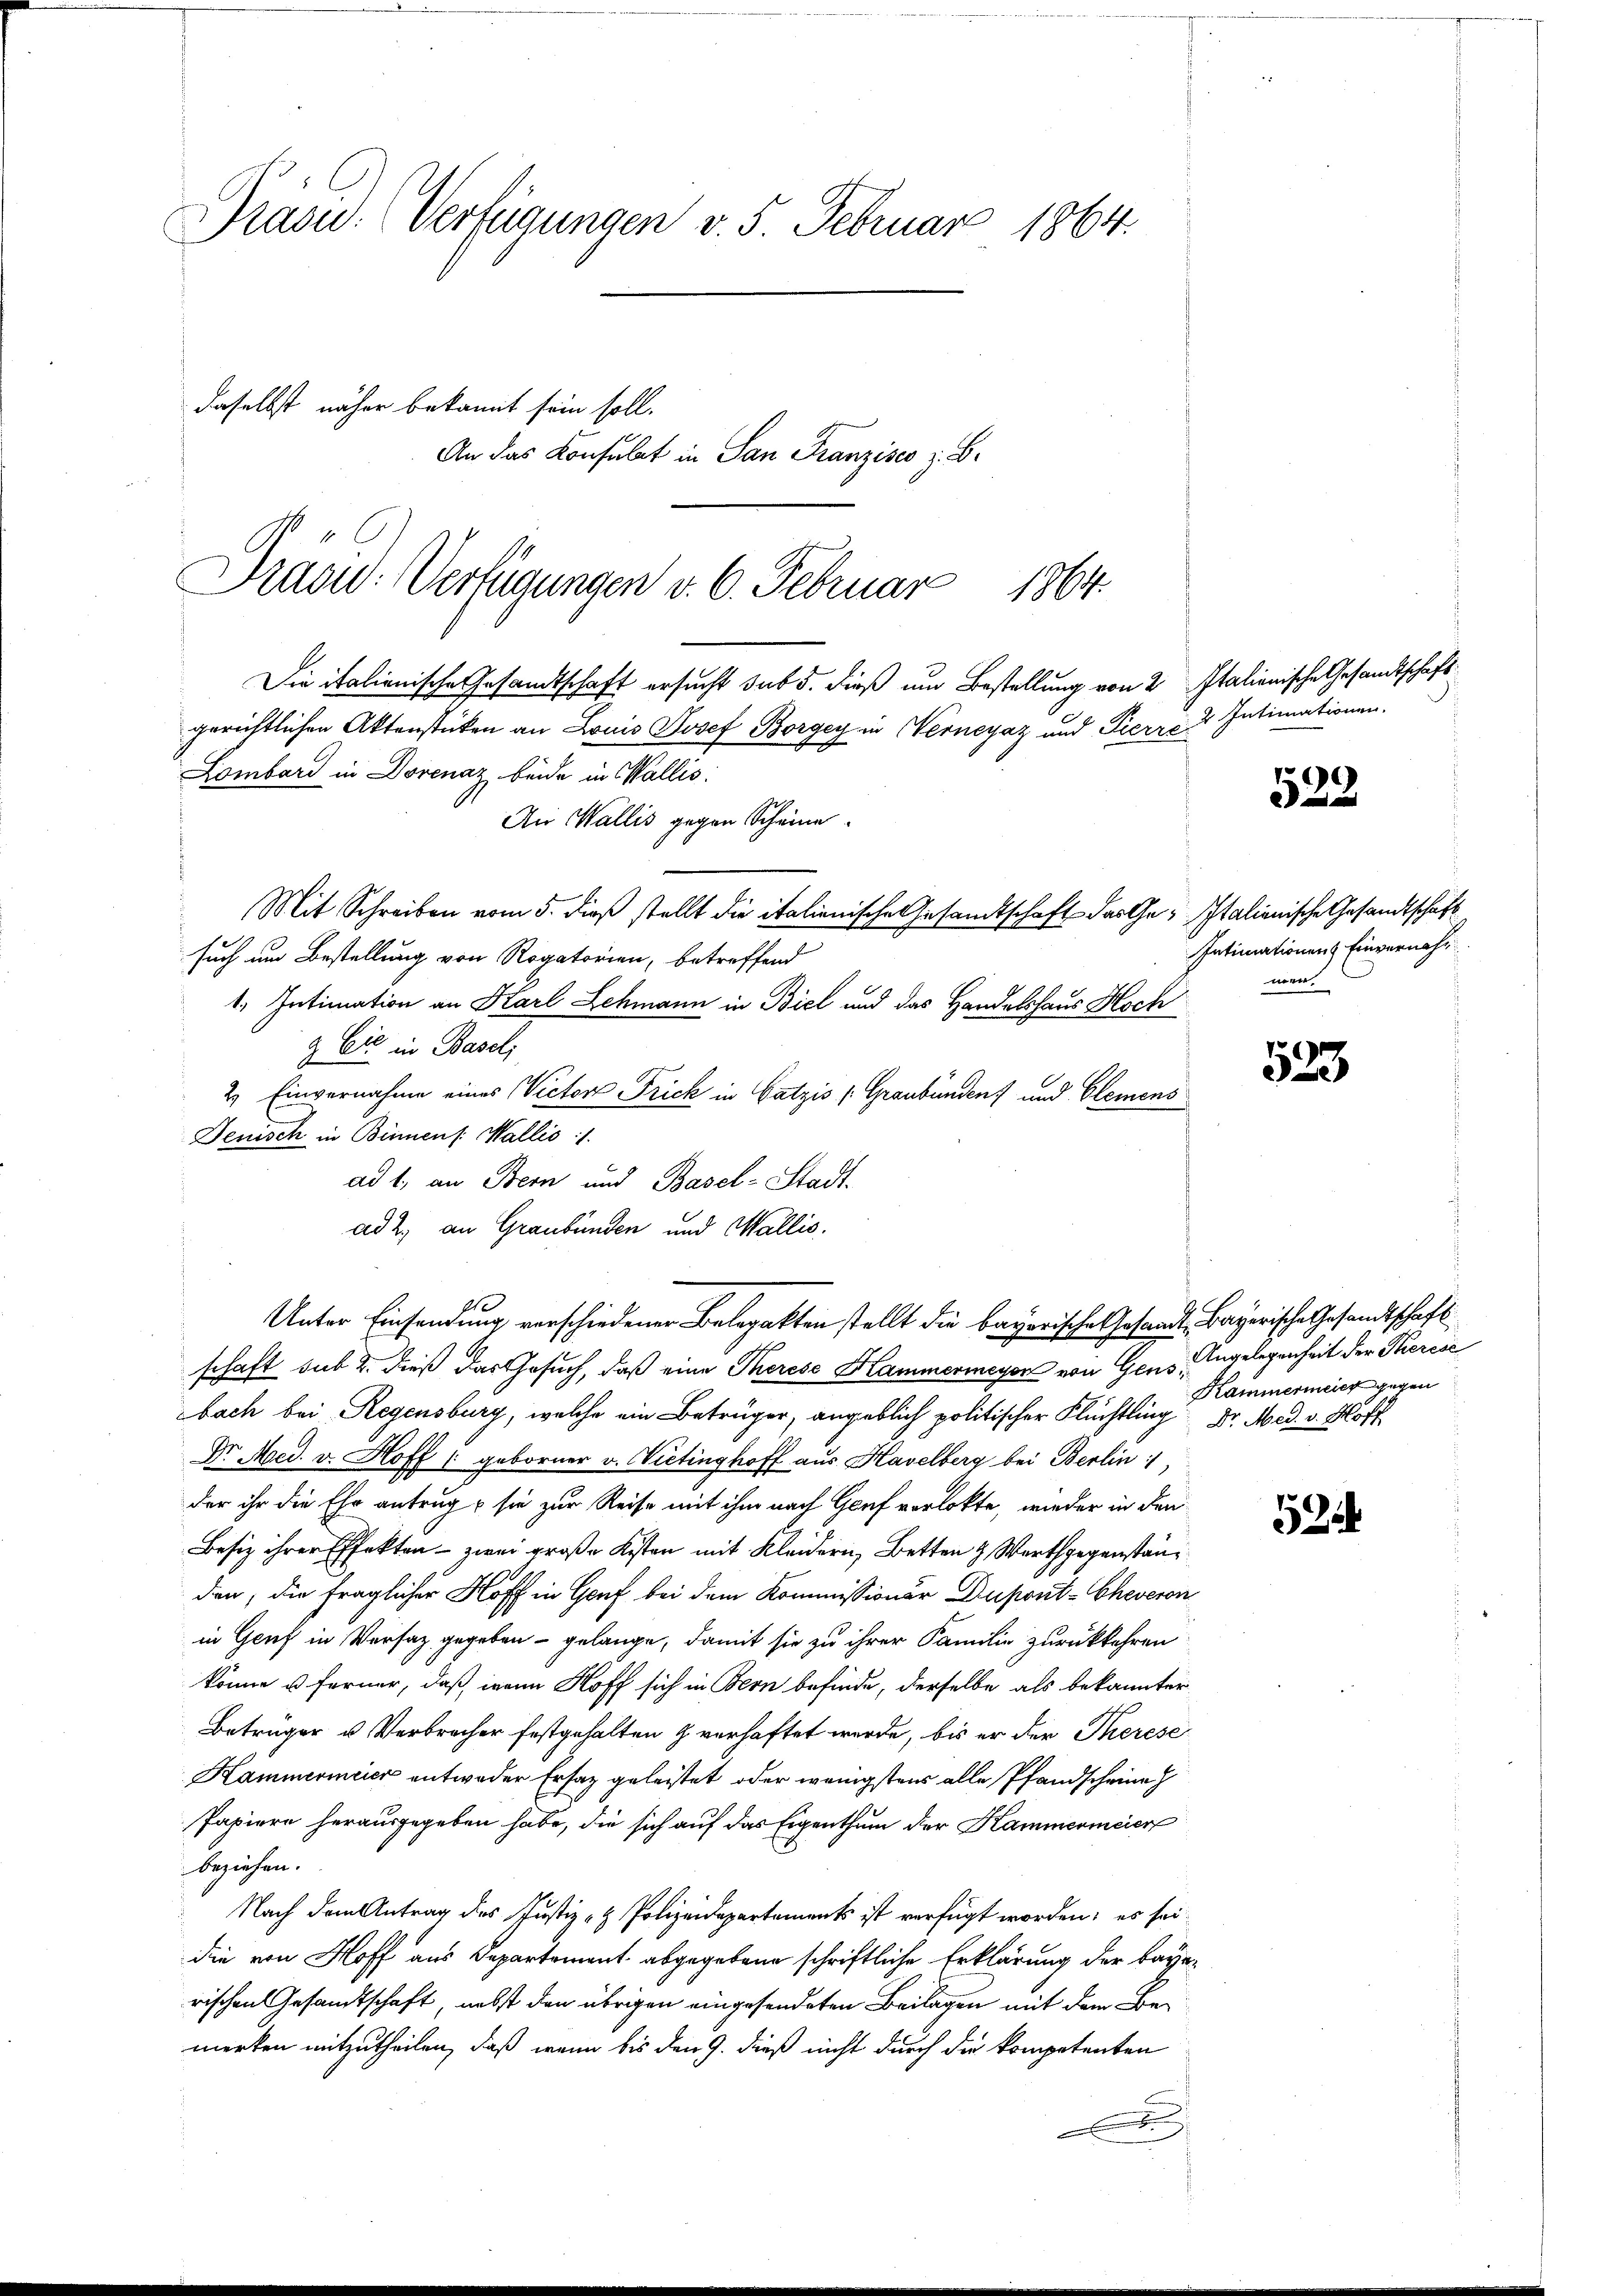
Präsid. Verfügungen v. 5. Februar 1864.
daselbst näher bekannt sein soll.
An das Konsulat in San Franzisco z. B.

Die italienische Gesandtschaft ersucht sub 5. dieß um Bestellung von 2 Italienische Gesandtschaft
gerichtlichen Aktenstücken an Louis Josef Borgey in Werneyaz und Pierre & Intimationen.
Lombard in Dovenaz beide in Wallis:
An Wallis gegen Scheine
Mit Schreiben vom 5. dieß stellt die italienische Gesandtschaft das Ge- Italienische Gesandtschaft
such um Bestellung von Rogatorien, betreffend
1. Intimation an Karl Lehmann in Biel und das Handelshaus Hoch
& Cie in Basel;
2. Einvernahme eines Victor Frick in Gatzis (Graubünden und Elemens
Jenisch in Binnen: Wallis :/.
ad 1. an Bern und Basel-Stadt.
ad 2., an Graubünden und Wallis.
e
Unter Einsendung verschiedener Belopakten stellt die bayerische Gesandt, Bayerische Gesandtschaft
schaft sub 2. dieß das Gesuch, daß eine Therese Hammermeyer von Gens, Angelegenheit der Stierese
bach bei Regensburg, welche ein Betrüger, angeblich politischer Flüchtling Dr. Med. v. Hoff
Dr Med. v. Hoff (geborner v. Vietinghoff aus Haselberg bei Berlin
der ihr die Ehr antrug sie zur Reise mit ihm nach Genf verlobte, wieder in den
Besiz ihrer Effekten - zwei große Kosten mit Kleidern, Betten & Werthgegenständen, die fraglicher Hoff in Genf bei dem Kommissioner Duport-Cheveron
in Genf in Versatz gegeben – gelange, damit sie zu ihrer Familie zurückkehren
könne u ferner, daß wenn Hoff sich in Bern befinde, derselbe als bekannter
Beträger u. Verbrecher festgehalten & verhaftet werde, bis er der Therese
Kammermeier entweder Ersatz geleistet, oder wenigstens alle Pfandscheine
Papiere herausgegeben habe, die sich auf das Eigenthum der Kammermeier
beziehen.
Nach dem Antrag des Justiz- & Polizeidepartements ist verfügt worden; es sei.
die von Hoff aus Departement abgegebene schriftliche Erklärung der bayerischen Gesandtschaft, nebst den übrigen eingesendeten Beilagen mit dem Be-
merken mitzutheilen, daß wenn bis den 9. dieß nicht durch die kompetenten

Präsid.: Verfügungen v. 6. Februar 1864.

522

Intimationen Einvernahm
men

523

52

Kammermeier gegen